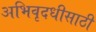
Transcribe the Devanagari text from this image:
अभिवृदधीसाठी